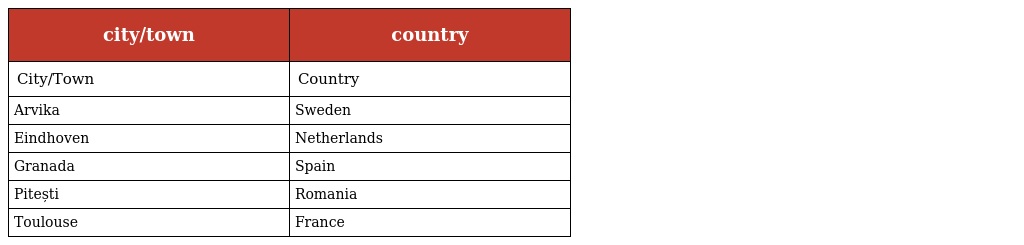
| city/town | country |
 | --- | --- |
 | City/Town | Country |
 | Arvika | Sweden |
 | Eindhoven | Netherlands |
 | Granada | Spain |
 | Pitești | Romania |
 | Toulouse | France |